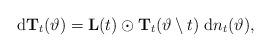
LaTeX: \begin{align*}\mathrm{d}\mathbf{T}_{t}(\vartheta)=\mathbf{L}(t)\odot\mathbf{T}_{t}(\vartheta\setminus t)\;\mathrm{d}n_t(\vartheta),\end{align*}